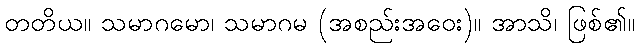
တတိယ။ သမာဂမော၊ သမာဂမ (အစည်းအဝေး)။ အာသိ၊ ဖြစ်၏။